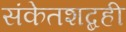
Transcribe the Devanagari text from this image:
संकेतशब्दही